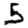
Digit: 5